Indian Medical Review
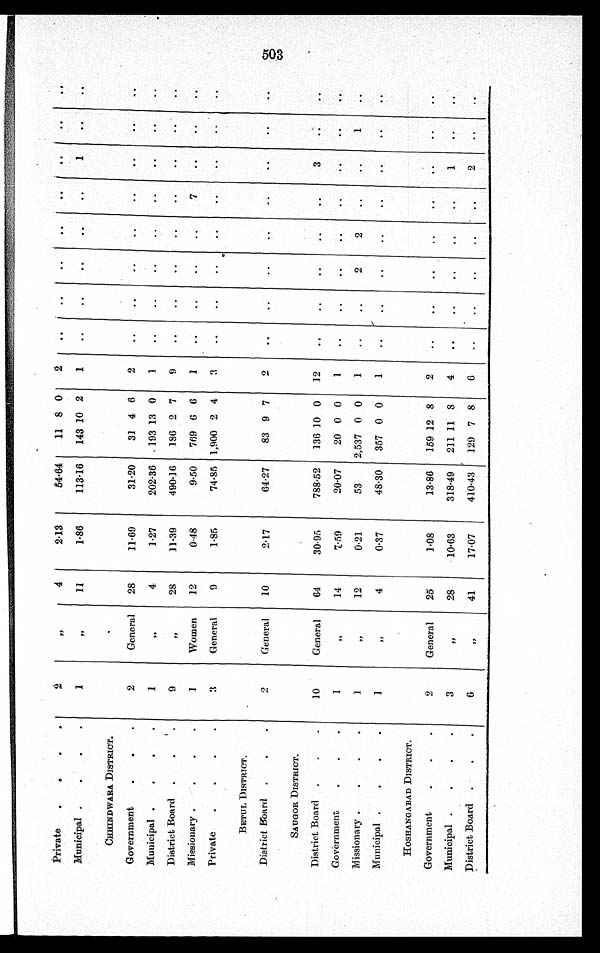
Private
2
"
4
2.13
54.64
11 8 0
2
..
..
..
..
..
..
. .
. .
Municipal
1
"
11
1.86
113.16
143 10 2
1
..
. .
..
..
..
1
. .
. .
CHHINDWARA DISTRICT.
Government
2
General
28
11.69
31.20
31 4 6
2
..
..
..
..
..
..
..
. .
Municipal
1
" 4
1.27
202.36
193 13 0
1
..
..
..
..
..
. .
. .
. .
District Board
9
" 28
11.39
490.16
186 2 7
9
..
..
..
..
..
..
. .
..
Missionary
1
Women
12
0.48
9.50 769 6 6
1
..
..
..
..
7
. .
. .
. .
Private
3
General
9
1.85
74.85 1,900 2 4
3
..
..
..
..
..
..
..
..
BETUL DISTRICT.
District Board
2
General
10
2.17
64.27
83 9 7
2
..
..
..
..
..
..
. .
. .
SAUGOR DISTRICT.
District Board
10
General
64
30.95
788.52
136 10 0 12
..
..
..
..
..
3
. .
. .
Government
1
"
14
7.59
20.07
20 0 0
1
..
. .
..
. .
..
..
. .
. .
Missionary
1
"
12
0.21
53
2,537 0 0
1
..
..
2
2
. .
. .
1
..
Municipal
1
"
4
0.37
48.30
357 0 0
1
..
..
..
..
. .
. .
. .
. .
HOSHANGABAD DISTRICT.
Government
2
General
25
1.08
13.86 159 12 8
2
..
..
. .
. .
. .
. .
. .
. .
Municipal
3
" 28
10.63
318.49 211 11 8
4
..
..
..
..
..
1
..
..
District Board
6
"
41
17.07
410.43
120 7 8
6
..
..
. .
. .
. .
2
..
. .